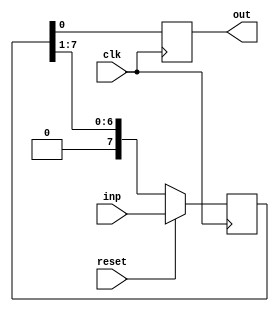
`timescale 1ns / 1ps
//////////////////////////////////////////////////////////////////////////////////
// Assignment Number: 5
// Problem Number: 4 [Sequential Unsigned Comparator]
// Semester Number: 5
// Group Number: G1
// Group Members: Animesh Jha (19CS10070) and Nisarg Upadhyaya (19CS30031)
// 
//////////////////////////////////////////////////////////////////////////////////
// Used old code
module shift_register (
    input[7:0] inp,
    output reg out,
    input clk,
    input reset
);

	reg[7:0] temp; 	// register to store the loaded number

    always @(posedge clk) begin
		if(reset) begin
			temp <= inp; 		// asynchronous load
		end
      	else begin
          	temp <= {1'b0,temp[7:1] };	// right shift
		end      
    end
	always @(posedge clk) begin
		out <= temp[0];		// store the LSB as output
	end

endmodule